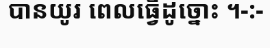
បានយូរ ពេលធ្វើដូច្នោះ ។-:-